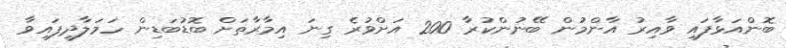
ބޮންއަޅާފައި ވާއިރު އާންމުން ބޭނުންކުރާ 200 އަށްވުރެ ގިނަ އިމާރާތަށް ބޮޑުބަޑިން ހަމަލާދީފައިވާ